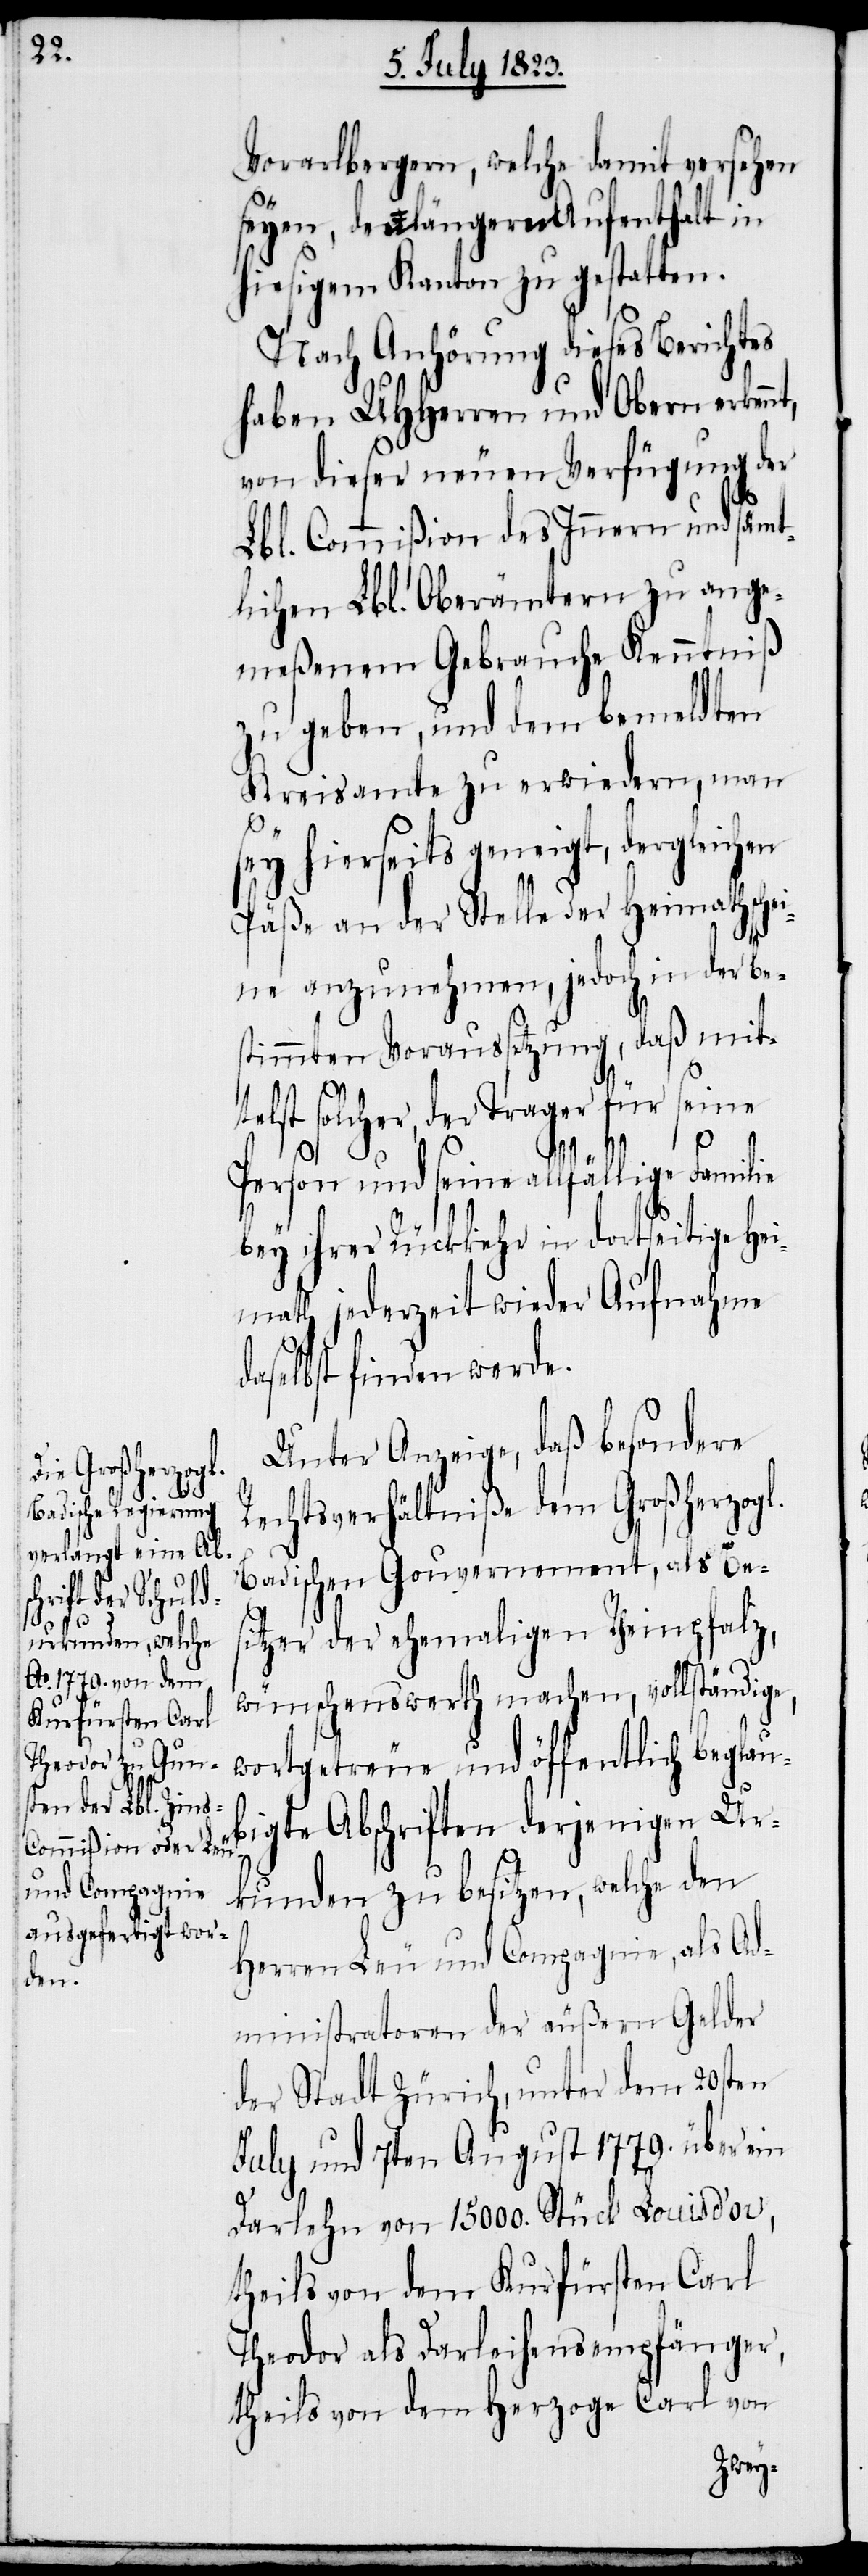
Vorarlbergern, welche damit versehen
seyen, den längeren Aufenthalt in
hiesigem Kanton zu gestatten.
Nach Anhörung dieses Berichtes
haben UHHerren und Obern erkennt,
von dieser neuen Verfügung der
Lbl. Commißion des Innern und sämt¬
lichen Lbl. Oberämtern zu ange¬
meßenem Gebrauche Kenntniß
zu geben, und dem bemeldten
Kreisamte zu erwiedern, man
sey hierseits geneigt, dergleichen
Päße an der Stelle der Heimathsche¬
ine anzunehmen, jedoch in der be¬
stimmten Voraussetzung, daß mitt¬
elst solcher, der Trager für seine
Person und seine allfällige Familie
bey ihrer Rückkehr in dortseitige Hei¬
math jederzeit wieder Aufnahme
daselbst finden werde.
Unter Anzeige, daß besondere
Rechtsverhältniße dem Großherzogl.
Badischen Gouvernement, als Bes¬
itzer der ehemaligen Rheinpfalz,
wünschenswerth machen, vollständige,
wortgetreue und öffentlich beglau¬
bigte Abschriften derjenigen Ur¬
kunden zu besitzen, welche den
Herren Leu und Compagnie, als Ad¬
ministratoren der äußern Gelder
der Stadt Zürich, unter dem 20sten
July und 7ten August 1779. über ein
Darlehn von 15000. Stück Louis d’or,
theils von dem Kurfürsten Carl
Theodor als Darleihensempfänger,
theils von dem Herzoge Carl von